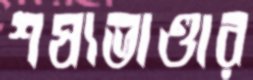
শষ্যভাণ্ডার